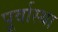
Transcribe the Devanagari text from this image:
पूर्वास्था